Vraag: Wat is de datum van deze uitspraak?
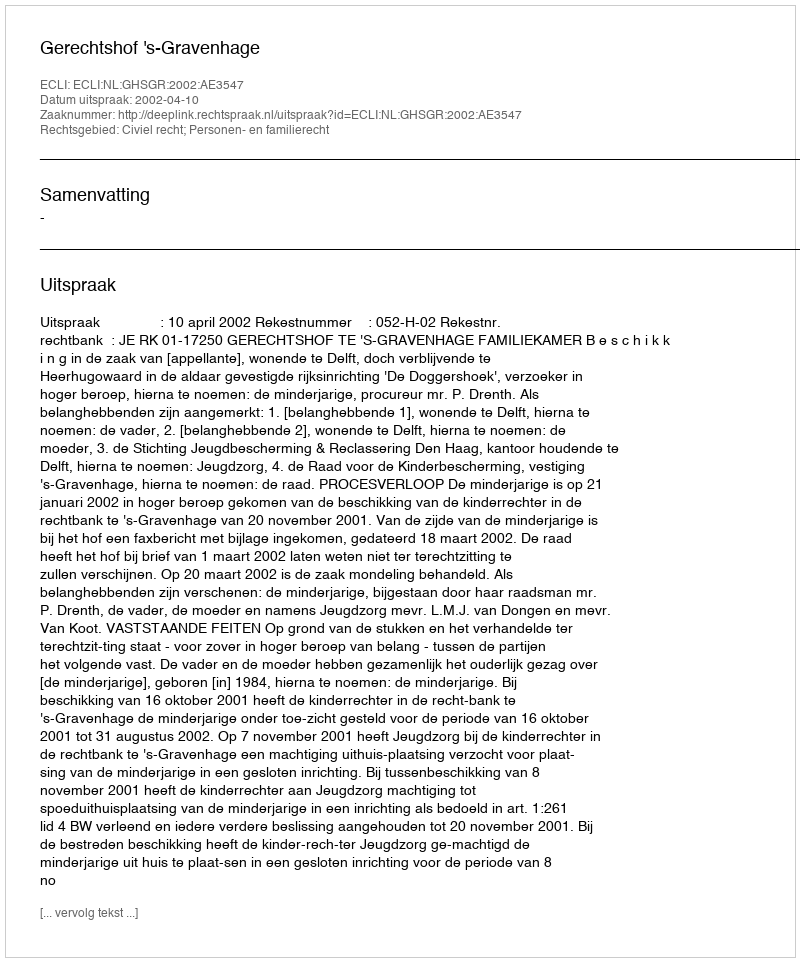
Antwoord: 2002-04-10